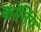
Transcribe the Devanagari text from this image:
कॉनिंग